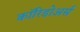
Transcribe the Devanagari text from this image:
कॉरिडोअर्स